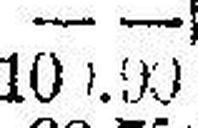
100.90